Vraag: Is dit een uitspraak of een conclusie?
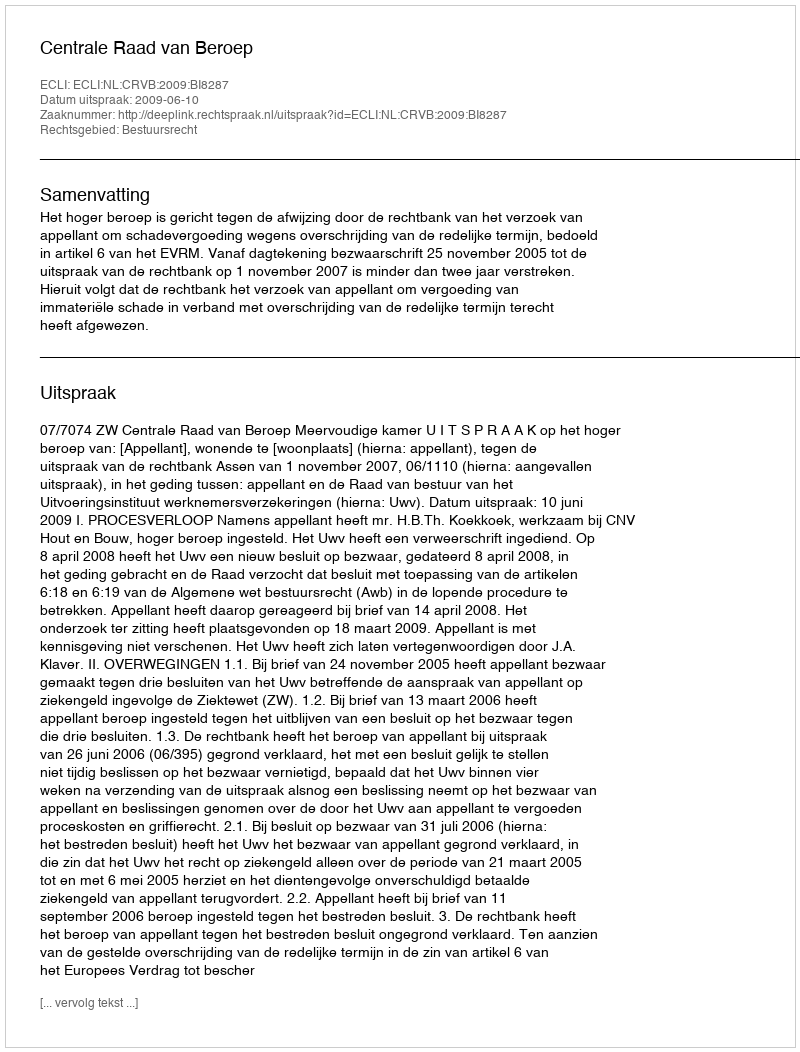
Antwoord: Uitspraak